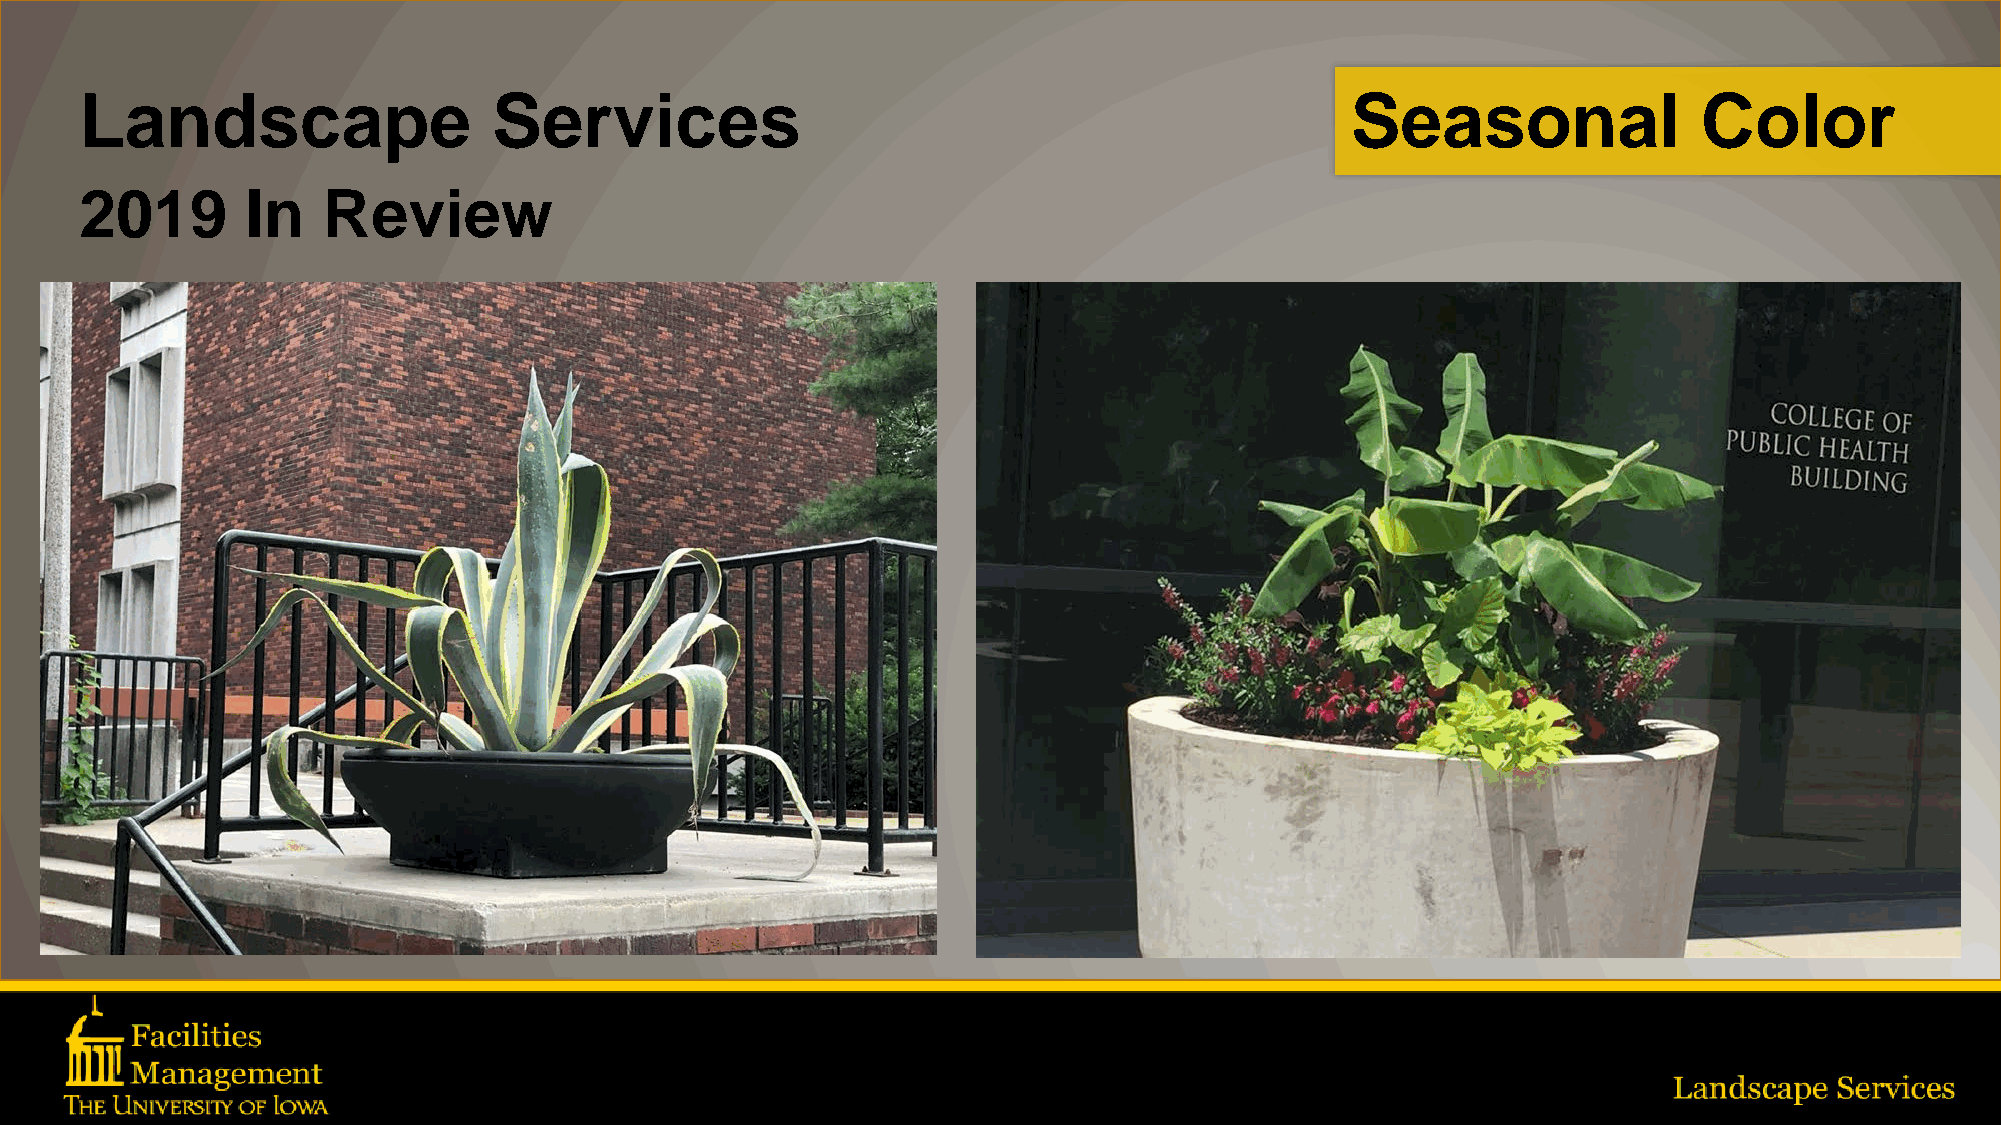
Landscape                   Services                                                Seasonal                Color
 2019       In   Review